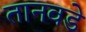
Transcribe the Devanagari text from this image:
तानवडे